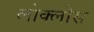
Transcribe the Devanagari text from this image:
लोक्लोस